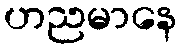
ဟညမာနေ